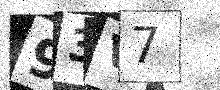
Text: 93V7